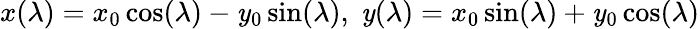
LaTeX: x(\lambda)=x_{0}\cos(\lambda)-\mathit{y}_{0}\sin(\lambda),\; \mathit{y}(\lambda)=x_{0}\sin(\lambda)+\mathit{y}_{0}\cos(\lambda)